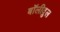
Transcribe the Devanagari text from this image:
बॉलीवुल